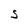
Character: S